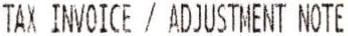
TAX INVOICE / ADJUSTMENT NOTE